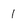
Character: 1